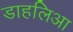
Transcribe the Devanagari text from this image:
डाहलिआ